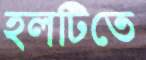
হলটিতে